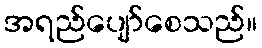
အရည်ပျော်စေသည်။